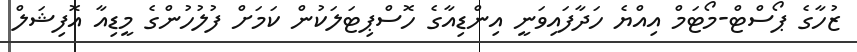
ޒުހާގެ ޕޯސްޓް-މޯޓަމް އިއްޔެ ހަދާފައިވަނީ އިންޑިއާގެ ހޮސްޕިޓަލަކުން ކަމަށް ފުލުހުންގެ މީޑިއާ އޮފިޝަލް